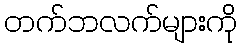
တက်ဘလက်များကို